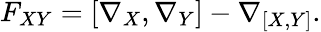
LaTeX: F_{XY}=[\nabla_{X},\nabla_{Y}]-\nabla_{[X,Y]}.